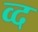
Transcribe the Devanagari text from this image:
व्द